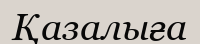
Қазалыға